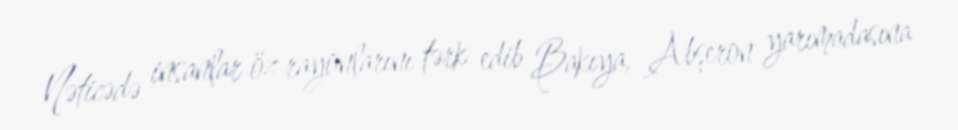
Nəticədə insanlar öz rayonlarını tərk edib Bakıya, Abşeron yarımadasına